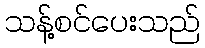
သန့်စင်ပေးသည်